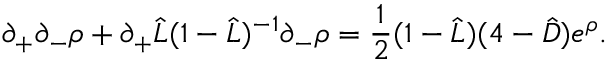
\partial _ { + } \partial _ { - } \rho + \partial _ { + } \hat { L } ( 1 - \hat { L } ) ^ { - 1 } \partial _ { - } \rho = \frac { 1 } { 2 } ( 1 - \hat { L } ) ( 4 - \hat { D } ) e ^ { \rho } .